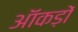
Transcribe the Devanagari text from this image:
ऑंकड़ों